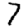
Digit: 7